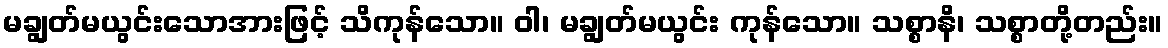
မချွတ်မယွင်းသောအားဖြင့် သိကုန်သော။ ဝါ၊ မချွတ်မယွင်း ကုန်သော။ သစ္စာနိ၊ သစ္စာတို့တည်း။